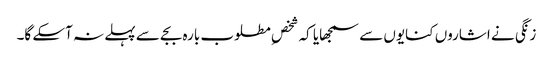
زنگی نے اشاروں کنایوں سے سمجھایا کہ شخصِ مطلوب بارہ بجے سے پہلے نہ آسکے گا۔